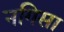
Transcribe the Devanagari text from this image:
नगिसा